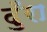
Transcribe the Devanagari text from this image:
दुँरा